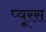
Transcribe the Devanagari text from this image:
प्यूरस